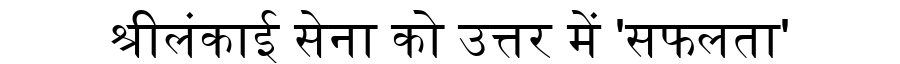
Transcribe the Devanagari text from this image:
श्रीलंकाई सेना को उत्तर में 'सफलता'